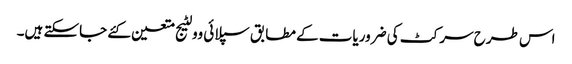
اس طرح سرکٹ کی ضروریات کے مطابق سپلائی وولٹیج متعین کئے جاسکتے ہیں۔